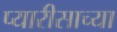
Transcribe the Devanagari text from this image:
प्यारीसाच्या